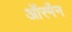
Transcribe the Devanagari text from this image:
ऑरमैन